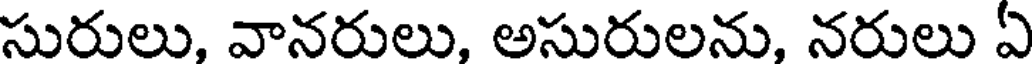
సురులు, వానరులు, అసురులను, నరులు ఏ